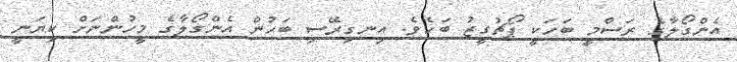
އެންގޯލާގެ ރަސްމީ ބަހަކީ ޕޯޗުގީޒު ބަހެވެ. އިނގިރޭސި ބަހުން އެންގޯލާގެ މީހުންނަށް ކިޔަނީ